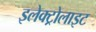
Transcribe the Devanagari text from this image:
इलेक्‍ट्रोलाइट